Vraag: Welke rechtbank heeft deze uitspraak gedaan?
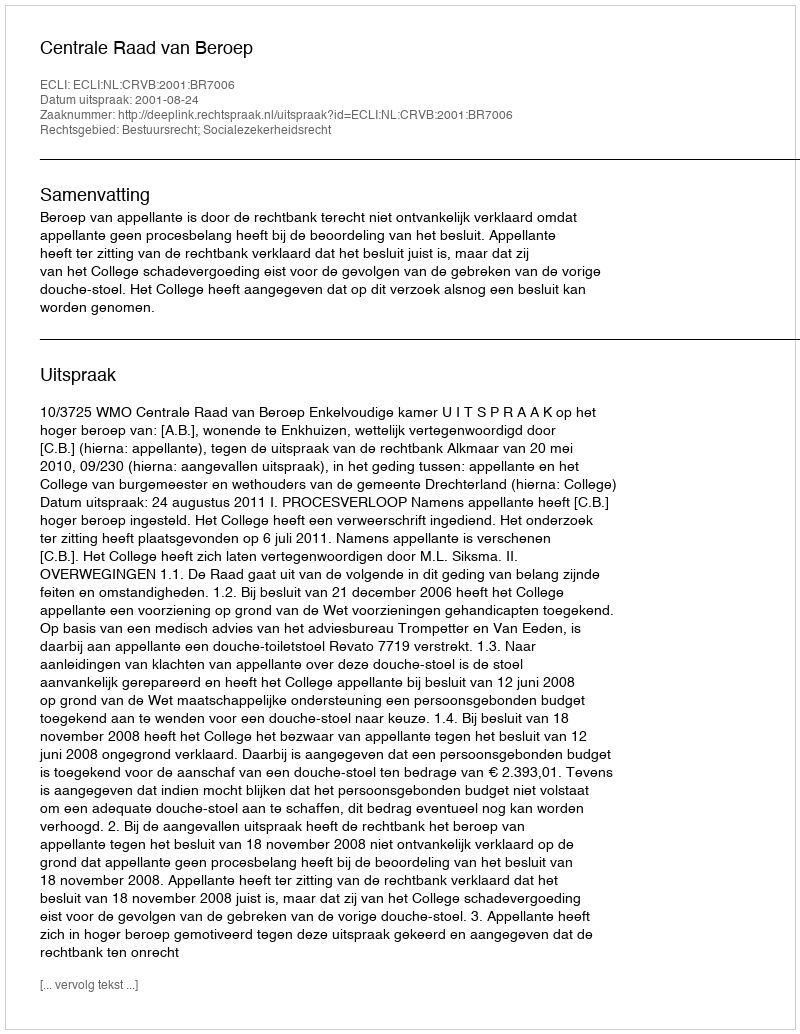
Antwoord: Centrale Raad van Beroep